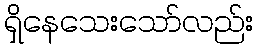
ရှိနေသေးသော်လည်း